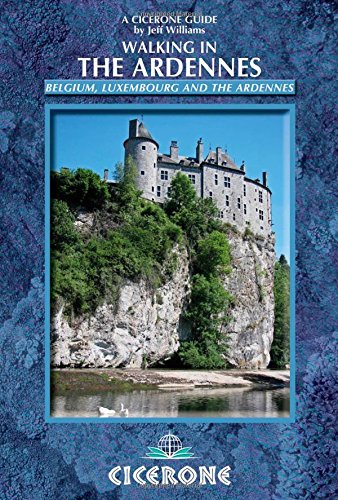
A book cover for Walking in the Ardennes: Belgium, Luxembourg and the Ardennes; Jeff Williams; Travel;